Note on the mental hospitals in Burma - 1925-1940
Year: 1925
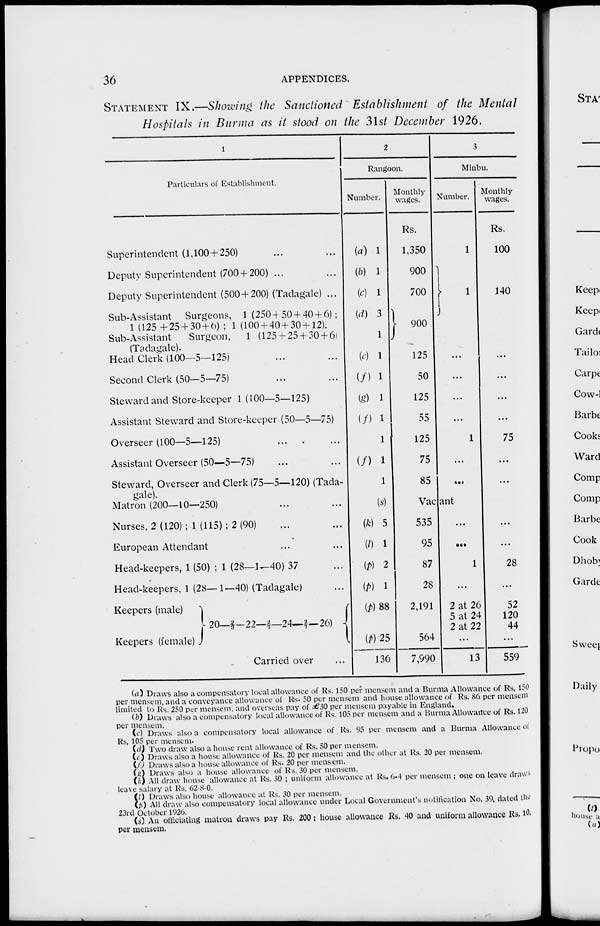
36
APPENDICES.
STATEMENT IX.—Showing the Sanctioned Establishment of the Mental
Hospitals in Burma as it stood on the 31st December 1926.
1
Particulars of Establishment.
Superintendent (1,100+250) ... ...
Deputy Superintendent (700 + 200) ... ...
Deputy Superintendent (500 + 200) (Tadagale) ...
Sub-Assistant Surgeons, 1 (250+ 50 + 40 + 6);
1 (125 +25 + 30 + 6) ; 1 (100 + 40 + 30 + 12).
Sub-Assistant
Surgeon,
1 (125+25 + 30 + 6)
(Tadagale).
Head Clerk (100—5—125) ... ...
Second Clerk (50—5—75) ... ...
Steward and Store-keeper 1 (100—5—125)
Assistant Steward and Store-keeper (50—5—75)
Overseer (100—5—125) ... ...
Assistant Overseer (50—5—75) ... ...
Steward, Overseer and Clerk (75—5—120) (Tada
gale).
Matron (200—10—250) ... ...
Nurses, 2 (120) ; 1 (115) ; 2 (90) ... ...
European Attendant ... ...
Head-keepers, 1 (50) ; 1 (28—1—40) 37 ...
Head-keepers, 1 (28—1—40) (Tadagale) ...
Keepers (male)
Keepers (female)
20—⅔-22—2/7—24— 2/7—26)
Carried over ...
2
Rangoon.
Number.
(a) 1
(b) 1
(c) 1
(d) 3
(c) 1
(f) 1
(g) 1
(f) 1
(f) 1
1
(s)
(k) 5
(l) 1
(p) 2
(p) 1
(p)88
(p)25
136
Monthly
wages.
Rs.
1,350
900
700
900
125
50
125
55
125
75
85
3
Minbu.
Number.
1
1
...
...
...
...
1
...
...
Vacant
535
95
87
28
2,191
564
7,990
...
...
1
...
2 at 26
5 at 24
2 at 22
...
13
Monthly
wages.
Rs.
100
140
...
...
...
...
75
...
...
...
...
28
...
52
120
44
...
559
(a) Draws also a compensatory local allowance of Rs. 150 per mensem and a Burma Allowance of Rs. 150
per mensem, and a conveyance allowance of Rs. 50 per mensem and house allowance of Rs. 86 per mensem
limited to Rs. 250 per mensem, and overseas pay of €50 per mensem payable in England.
(b) Draws also a compensatory local allowance of Rs. 105 per mensem and a Burma Allowance of Rs. 120
per mensem.
(c) Draws also a compensatory local allowance of Rs. 95 per mensem and a Burma Allowance of
Rs. 105 per mensem.
(d) Two draw also a house rent allowance of Rs. 50 per mensem.
(c) Draws also a house allowance of Rs. 20 per mensem and the other at Rs. 20 per mensem.
(f) Draws also a house allowance of Rs. 20 per mensem.
(g) Draws also a house allowance of Rs. 30 per mensem.
(k) All draw house allowance at Rs. 30 ; uniform allowance at Rs. 0-4 per mensem ; one on leave draws
leave salary at Rs, 62-8-0.
(l) Draws also house allowance at Rs. 30 per mensem.
(p) All draw also compensatory local allowance under Local Government's notification No. 39, dated the
23rd October 1920.
(s) An officiating matron draws pay Rs. 200 ; house allowance Rs. 40 and uniform allowance Rs. 10.
per mensem.